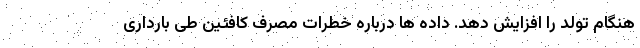
هنگام تولد را افزایش دهد. داده ها درباره خطرات مصرف کافئین طی بارداری